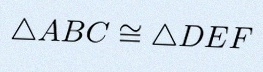
\triangle ABC\cong\triangle DEF